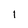
Character: I